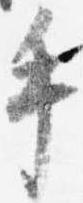
手